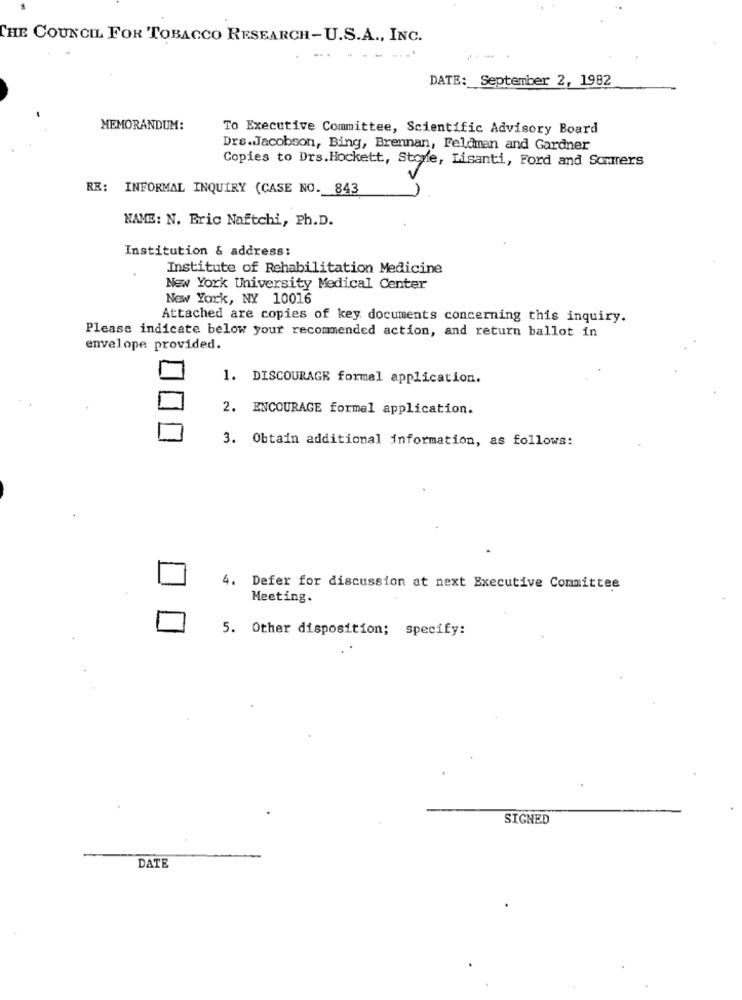
THE COUNCIL FOR TOBACCO RESEARCH-U.S.A ., INC.
--.
DATE: September 2, 1982
MEMORANDUM:
To Executive Committee, Scientific Advisory Board
Drs.Jacobson, Bing, Brennan, Feldman and Gardner
Copies to Drs.Hockett, Stoffe, Lisanti, Ford and Sommers
RE: INFORMAL INQUIRY (CASE NO. 843
NAME: N. Bric Naftchi, Ph.D.
Institution & address:
Institute of Rehabilitation Medicine
New York University Medical Center
New York, NY 10016
Attached are copies of key documents concerning this inquiry.
Please indicate below your recommended action, and return ballot in
envelope provided.
1. DISCOURAGE formal application.
2. ENCOURAGE formal application.
3. Obtain additional information, as follows:
4. Defer for discussion at next Executive Committee
Meeting.
5. Other disposition; specify:
SIGNED
DATE